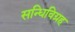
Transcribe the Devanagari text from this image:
सन्धिविग्रह